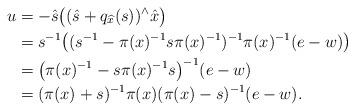
LaTeX: \begin{align*} u &= -\hat{s}\bigl((\hat{s}+q_{\widehat{x}}(s))^\wedge \hat{x}\bigr) \\ &= s^{-1}\bigl((s^{-1} - \pi(x)^{-1}s\pi(x)^{-1})^{-1}\pi(x)^{-1}(e-w)\bigr) \\ &= \bigl( \pi(x)^{-1} - s \pi(x)^{-1}s \bigr)^{-1} (e-w) \\ &= (\pi(x)+s)^{-1}\pi(x)(\pi(x)-s)^{-1} (e-w).\end{align*}